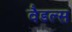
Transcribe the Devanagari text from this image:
वैडल्स